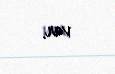
var.